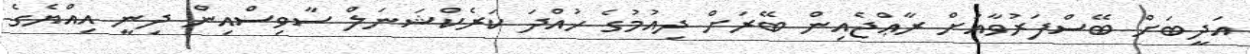
އަދީބަށް ބޭސްފަރުވާއަށް ރާޢްޖެއިން ބޭރަށް ދިއުމުގެ ހުއްދަ ކަރެކްޝަނަލް ސާވިސްއިން ދިނީ އިއްޔެގެ